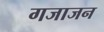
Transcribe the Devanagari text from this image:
गजाजन